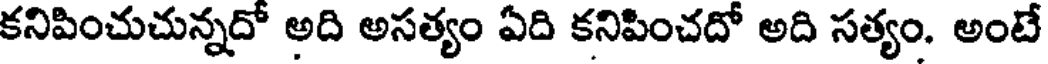
కనిపించుచున్నదో అది అసత్యం ఏది కనిపించదో అది సత్యం. అంటే